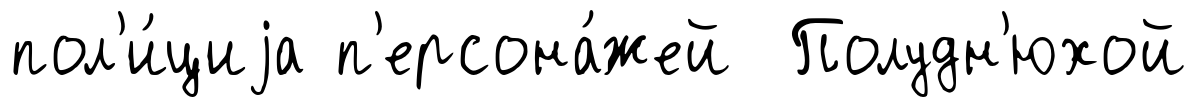
пол'и́циjа п'ерсона́жей Полудн'юхой